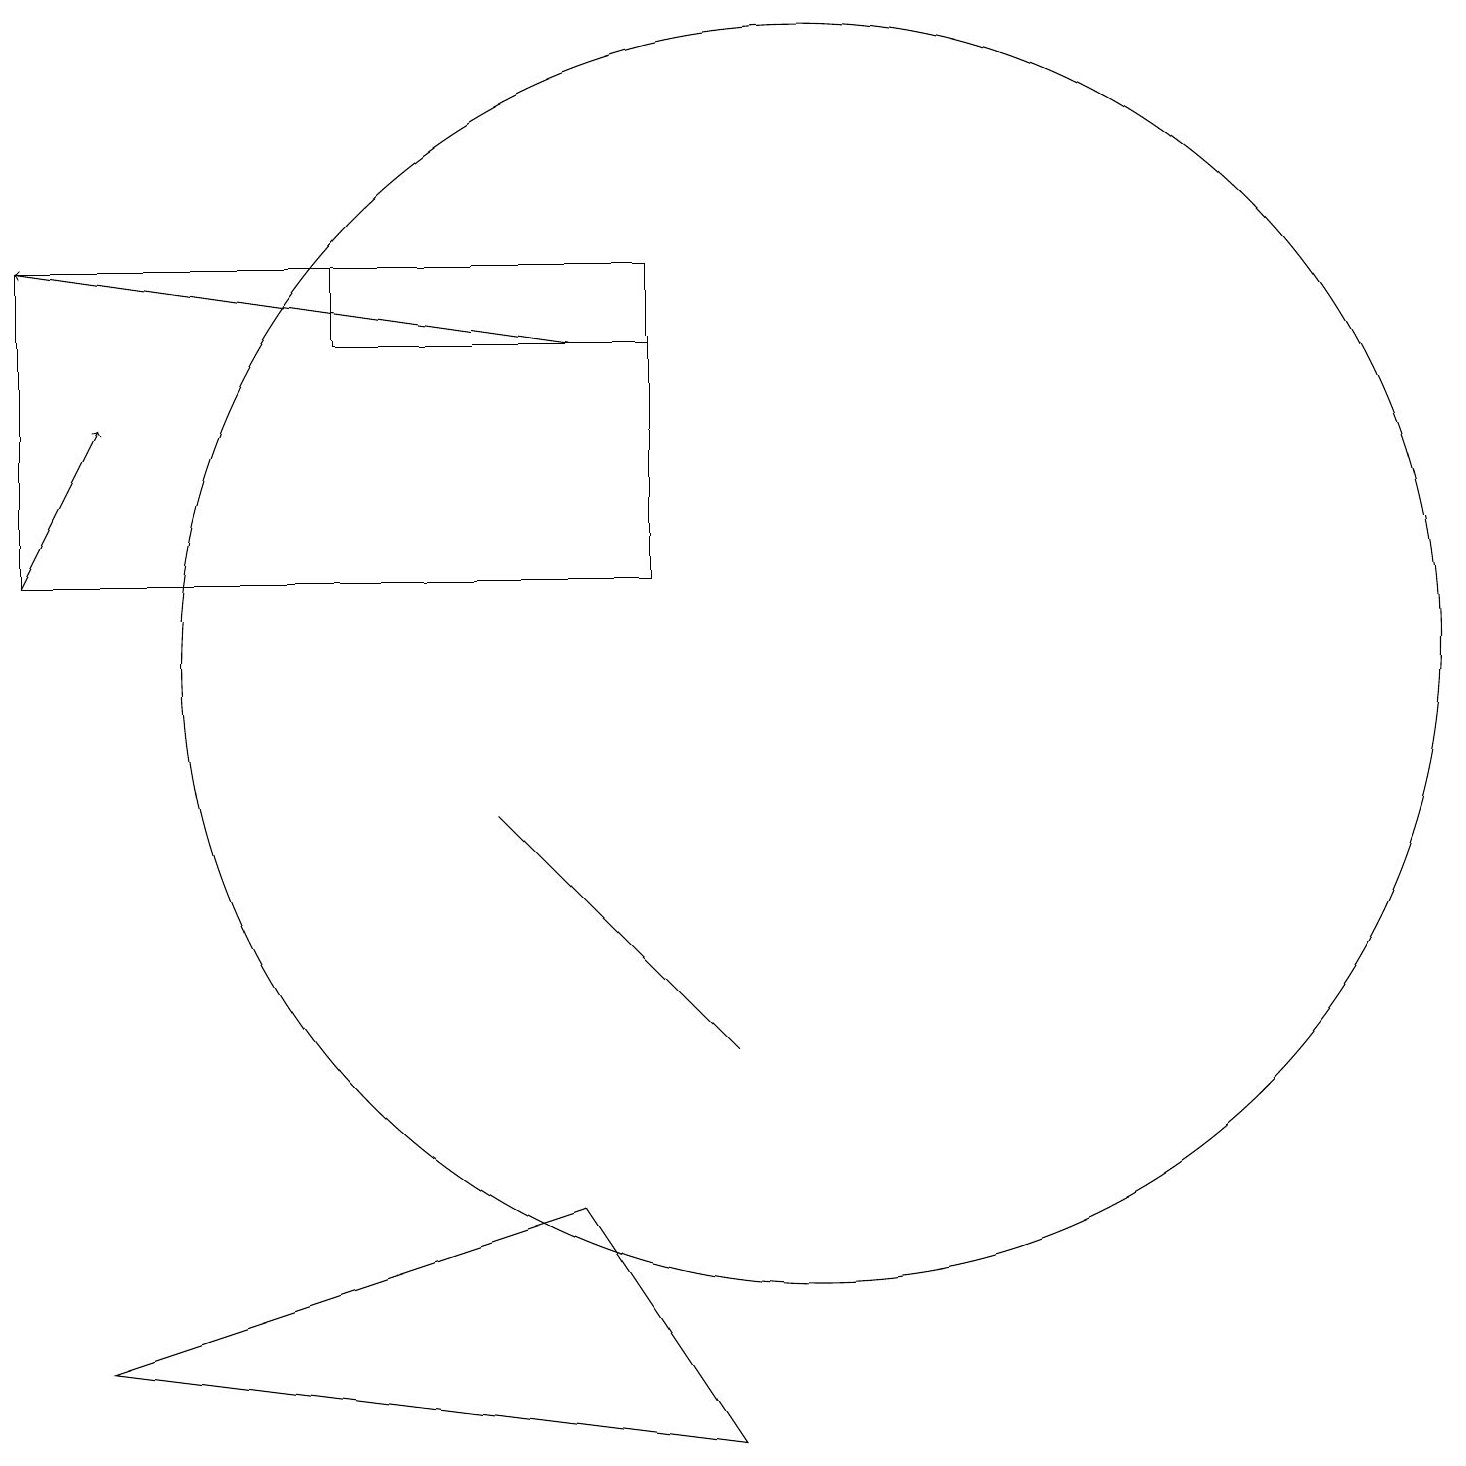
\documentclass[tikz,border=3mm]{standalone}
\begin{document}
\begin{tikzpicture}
\draw (4,16) rectangle (8,15);
\draw (6,9) -- (9,6) -- (8,7) -- cycle;
\draw (7,4) -- (9,1) -- (1,2) -- cycle;
\draw (8,16) rectangle (0,12);
\draw (10,11) circle (8);
\draw[->] (7,15) -- (0,16);
\draw[->] (0,12) -- (1,14);
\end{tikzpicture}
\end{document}